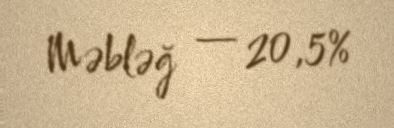
Məbləğ — 20,5%